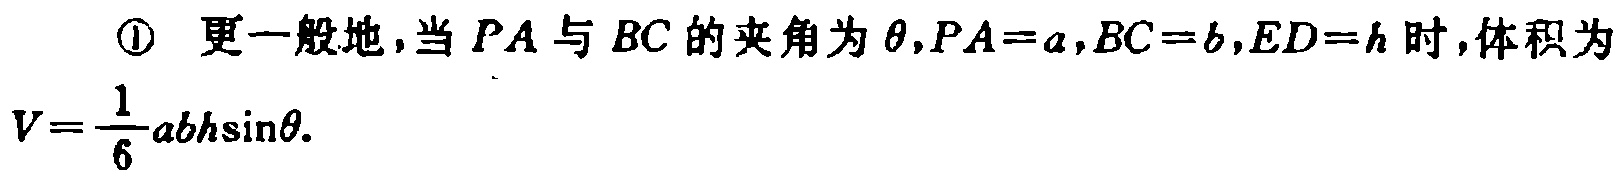
\textcircled{1} 更一般地，当 \(PA\) 与 \(BC\) 的夹角为 \(\theta,PA = a,BC = b,ED = h\) 时，体积为

\(V=\frac{1}{6}ab h\sin\theta\).